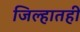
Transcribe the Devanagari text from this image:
जिल्हातही